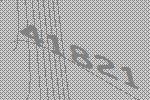
41821